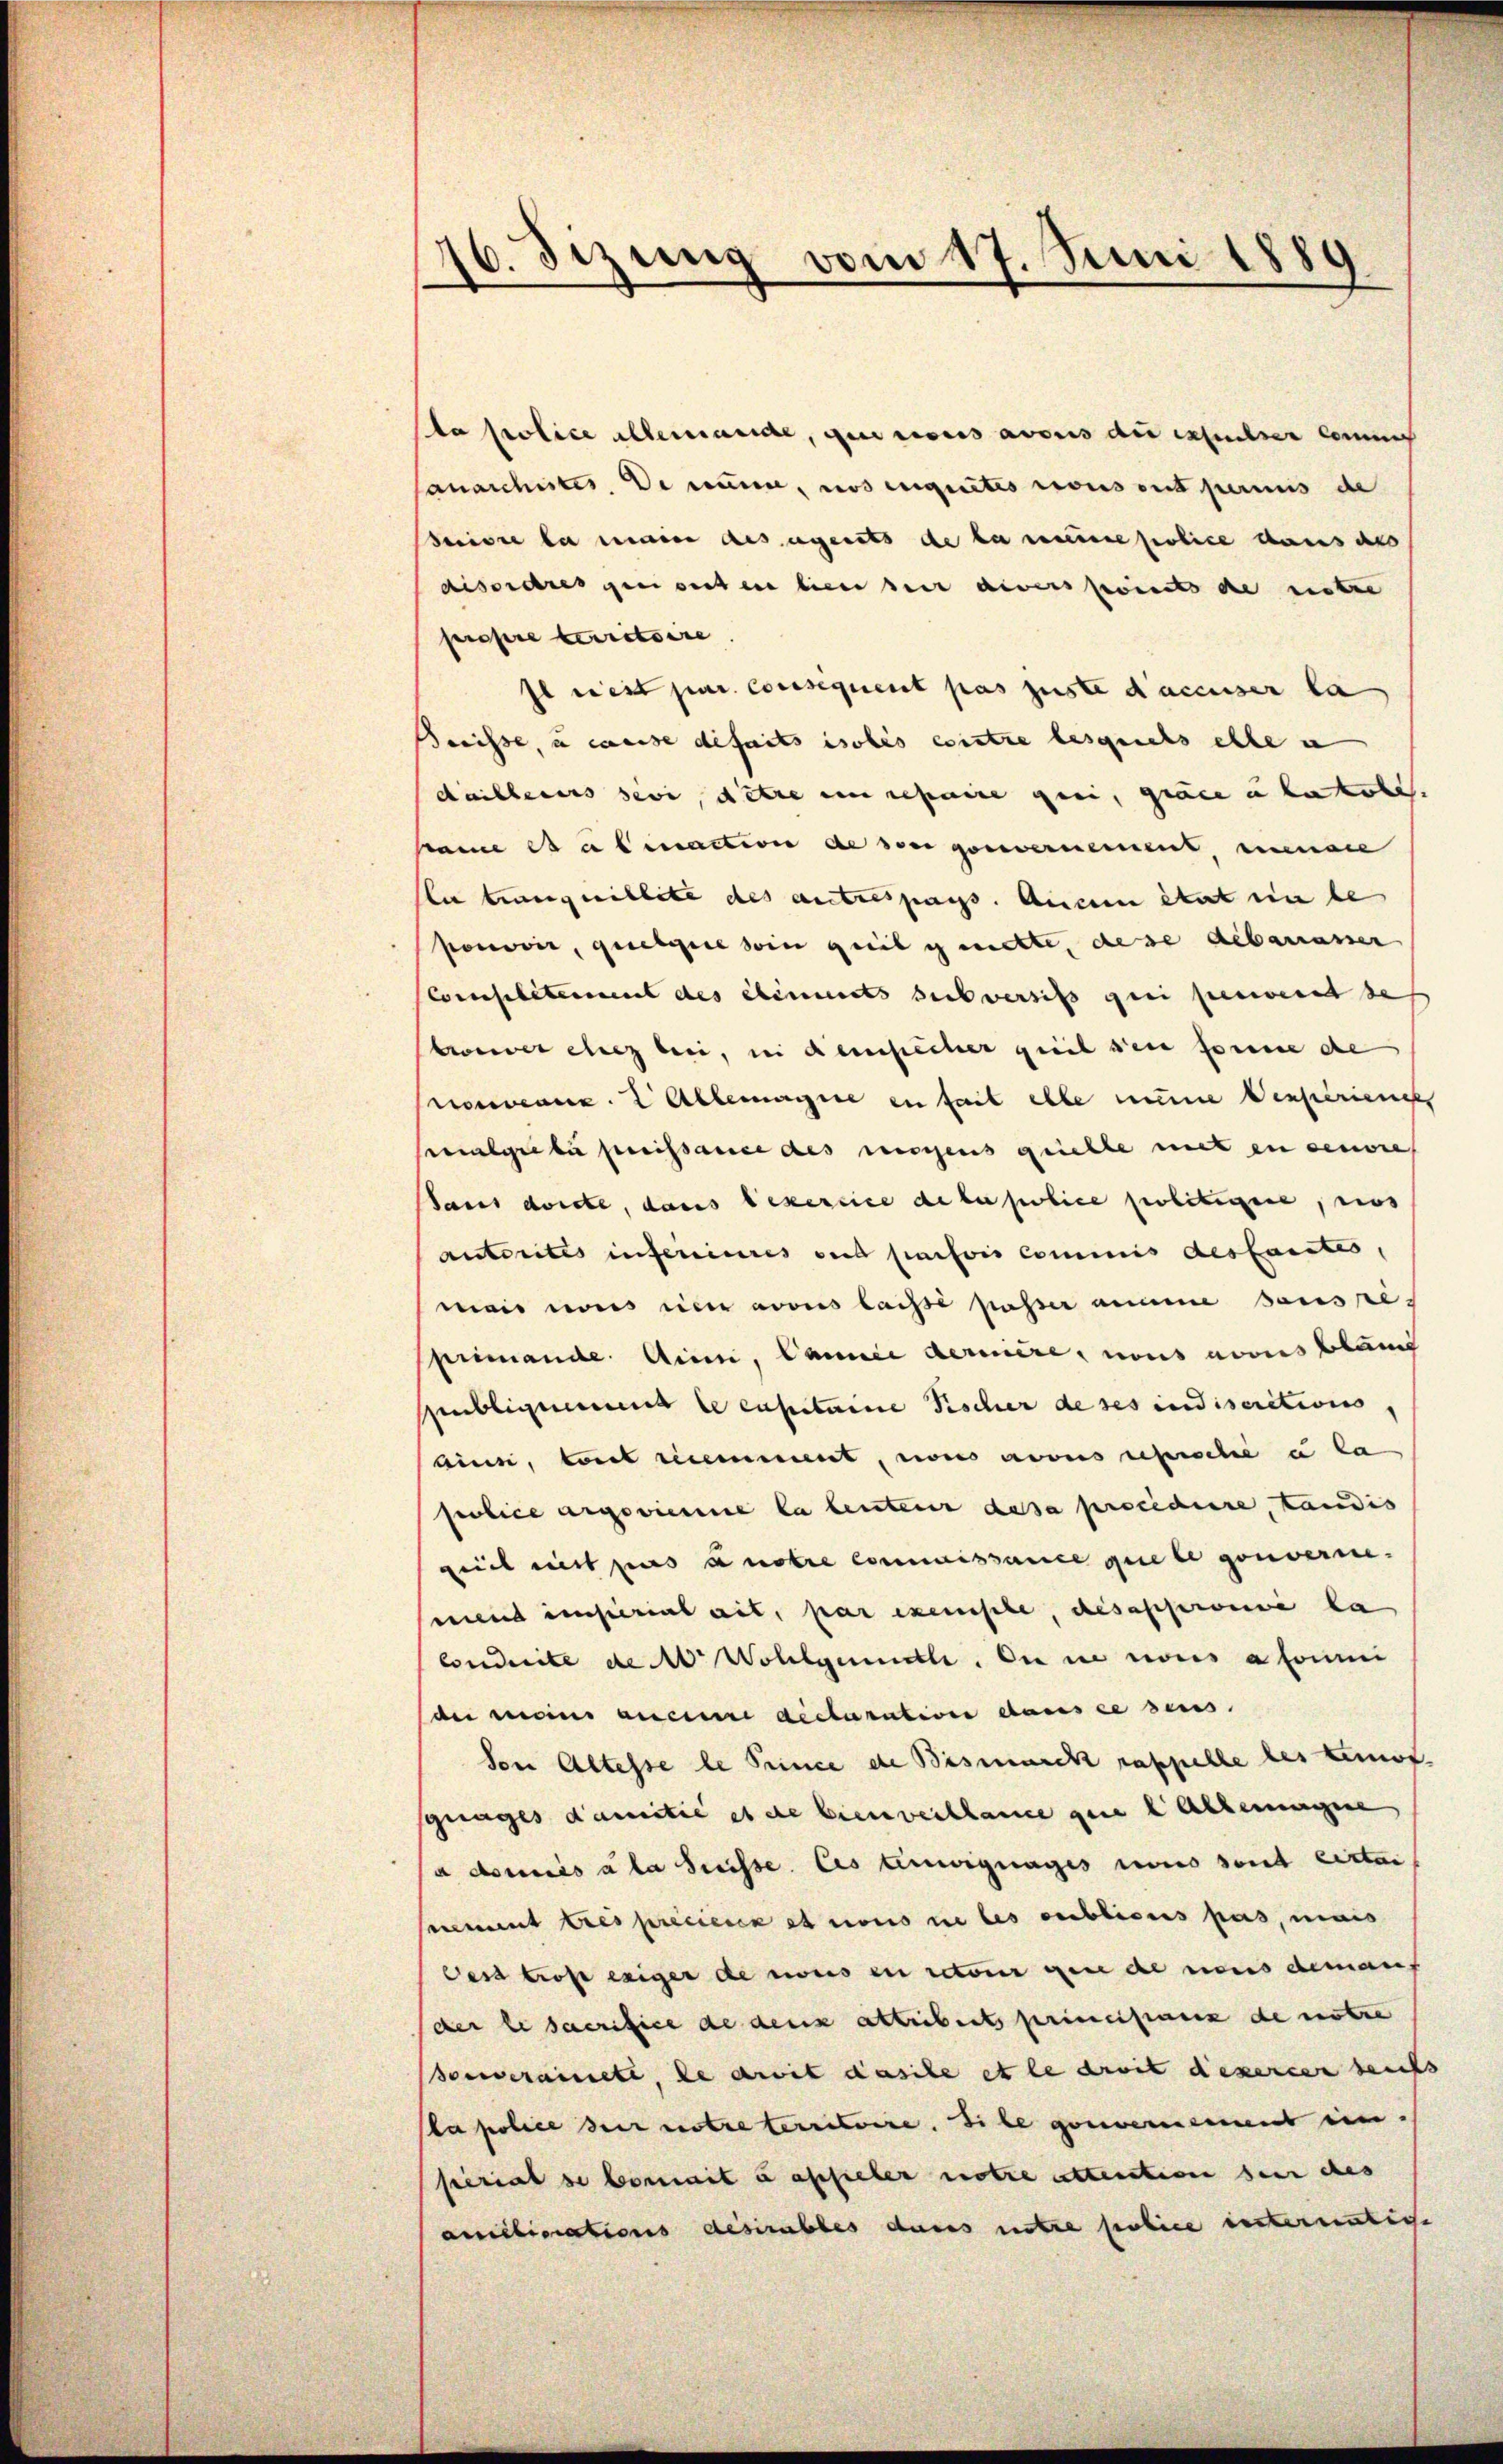
a Police alleinande, gute cours avouis die expulser Comm
anarchistes, de nun, nos eignetes vons ont perinis de
eiiere la man des gerats de la seine police dans als
aiseres gesten bien der diverspriet de ritre
propre terratoire
Il est par consequent pas juste d’accuser la
Benisse, u weise defaits isolés entre lesquels elle i
daillerers seye, dere en repaine geei, grade u behalt
same da einaction de son gouvernement, eine
le trang willete des autrespass. Aucun état ein be
ponović, quelque sein geeil nichte, diese debanasser
Consilitanent des eliments sub versis qui perient des
trover chez bei, in demsicher geeil den forme de
rouveaux. L Allemagie in fait elle eine Verferienges
Malgelbe preissance des wissens gerichte mit en cenore
Saus dorte, dans exercice de la police politiere, nos
anterites inferinnes und persori commis dessantes,
mais nos in avous laisse passer eine sous reprimande. Ainn, Cance dernire, nous avous blau
Ambligenies le capitaine Fischer de ses indiseritions
ains, tout remment, nons avouis reproche u la
folice angewiese la leutener dasa procidiere, Landis
Zeit mit pas antre commissance que le gouvernemend insterial ait, par exemische, des approuvé la
Conduite de A. Wollgemuthe, Du nie nous a soumi
dei meine anciere déclaration dans ce sens.
Von Altesse le Prince de Bismarck rappelle des Lemof.
sguages damitie et de bienverklame gene Allemagene
a donnés à la Suisse. Ces Einwignages nous sont certai
Bemit tres précieren et nons ne les publicus pas, mais
Ces tros exiger de nous in retour gene de nous demans
der le sacrifice de dens attribert principanz de notre
Souveraite, le droit dasite et le droit dexercer seits
Papolice der notreterritoire. Sie genommens ein.
seerial se Comit u affieler notre atteration sein des
améliorations desirables dass notre police unternenliche

16. Sizung vom 17. Juni 1880